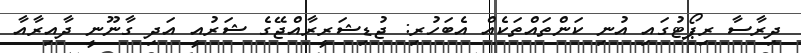
ދިރާސާ ރިޕޯޓުގައި އުނި ކަންތައްތަކެއް އެބަހުރި: ޖުޑިޝަރީރާއްޖޭގެ ޝަރުއީ އަދި ގާނޫނީ ދާއިރާއާ